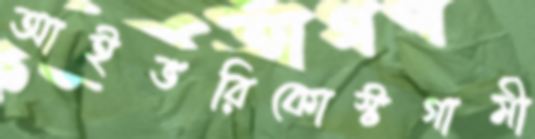
আইভরিকোস্টগামী